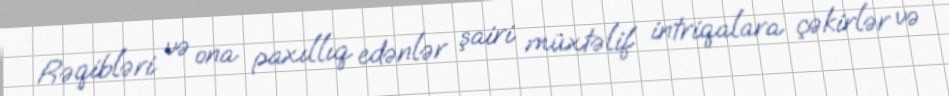
Rəqibləri və ona paxıllıq edənlər şairi müxtəlif intriqalara çəkirlər və